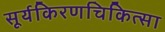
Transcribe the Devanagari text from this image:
सूर्यकिरणचिकित्सा